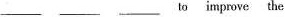
___ ___ ___to improve the